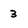
Character: 3